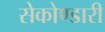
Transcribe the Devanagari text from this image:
सेकोण्डारी